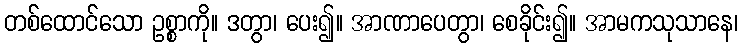
တစ်ထောင်သော ဥစ္စာကို။ ဒတွာ၊ ပေး၍။ အာဏာပေတွာ၊ စေခိုင်း၍။ အာမကသုသာနေ၊